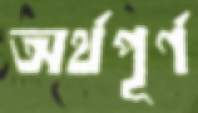
অর্থপূর্ণ